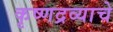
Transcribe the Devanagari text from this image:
कृष्णद्रव्याचे